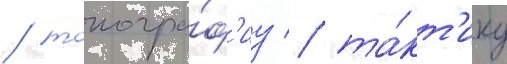
/ топогра́ф'иу / та́кт'ику